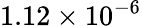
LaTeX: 1.12\times 10^{-6}